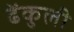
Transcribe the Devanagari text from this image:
ढेंकुली